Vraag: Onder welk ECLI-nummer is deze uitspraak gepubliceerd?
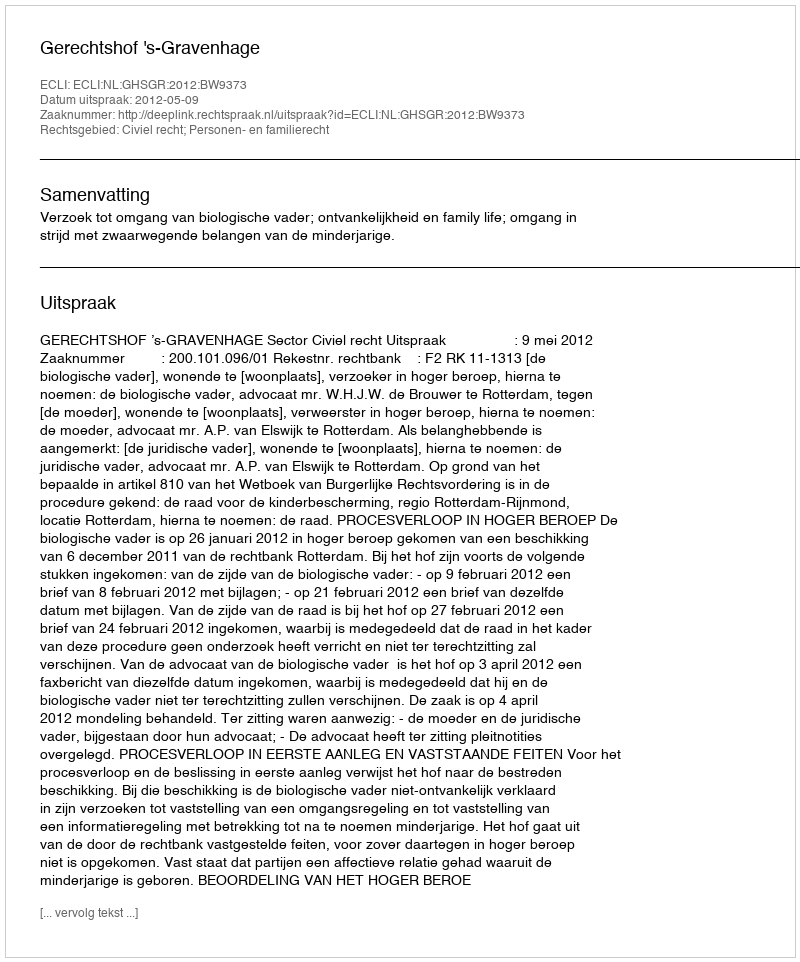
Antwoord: ECLI:NL:GHSGR:2012:BW9373